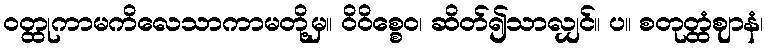
ဝတ္ထုကာမကိလေသာကာမတို့မှ။ ဝိဝိစ္စေဝ၊ ဆိတ်၍သာလျှင်။ ပ။ စတုတ္ထံဈာနံ၊